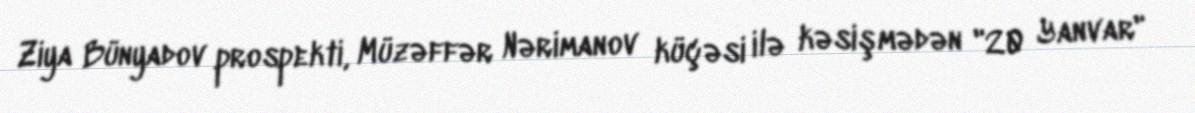
Ziya Bünyadov prospekti, Müzəffər Nərimanov küçəsi ilə kəsişmədən "20 Yanvar"